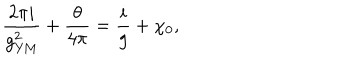
LaTeX: \frac { 2 \pi i } { g _ { \mathrm { Y M } } ^ { 2 } } + \frac { \theta } { 4 \pi } = \frac { i } { g } + \chi _ { 0 } ,